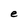
Character: e